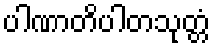
ပါဏာတိပါတသုတ္တံ